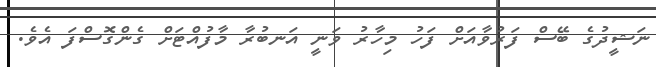
ނަޝީދުގެ ބޭސް ފަރުވާއަށް ފަހު މިހާރު ވަނީ އަނބުރާ މާފުއްޓަށް ގެންގޮސްފަ އެވެ.